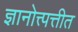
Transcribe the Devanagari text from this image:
ज्ञानोत्त्पत्तीत